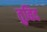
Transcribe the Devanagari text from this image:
तुबिद